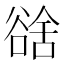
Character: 𧮿